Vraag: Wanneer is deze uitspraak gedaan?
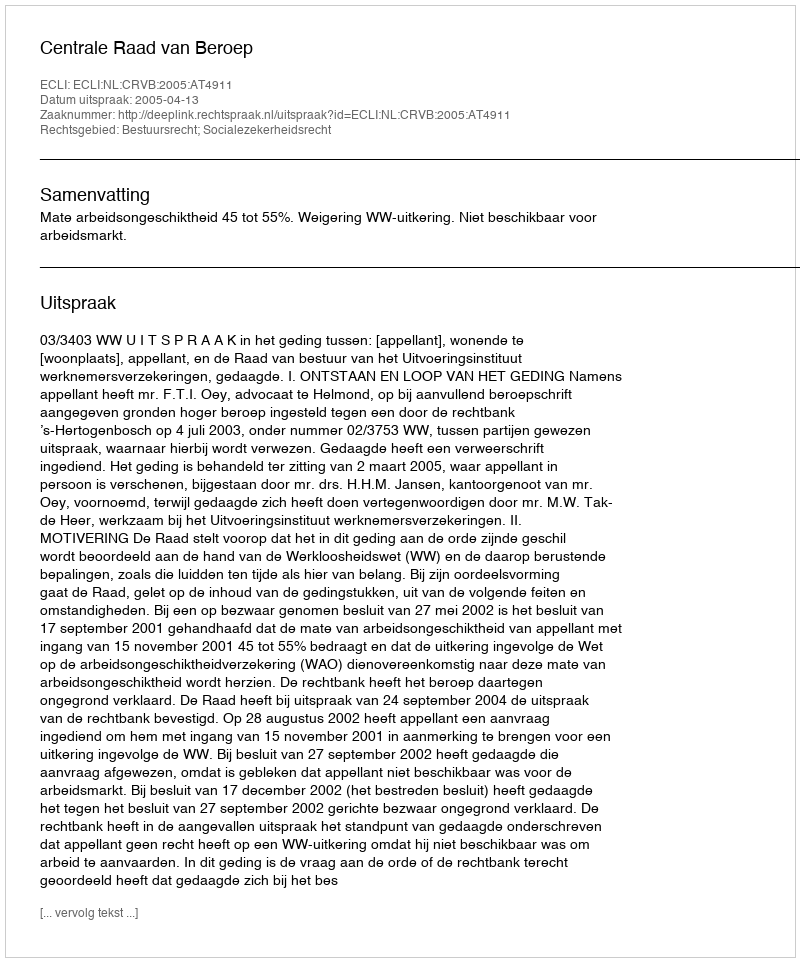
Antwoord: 2005-04-13